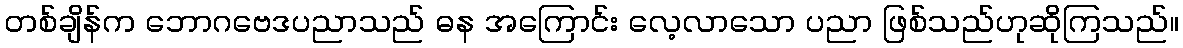
တစ်ချိန်က ဘောဂဗေဒပညာသည် ဓန အကြောင်း လေ့လာသော ပညာ ဖြစ်သည်ဟုဆိုကြသည်။